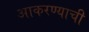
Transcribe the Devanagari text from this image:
आकरण्याची